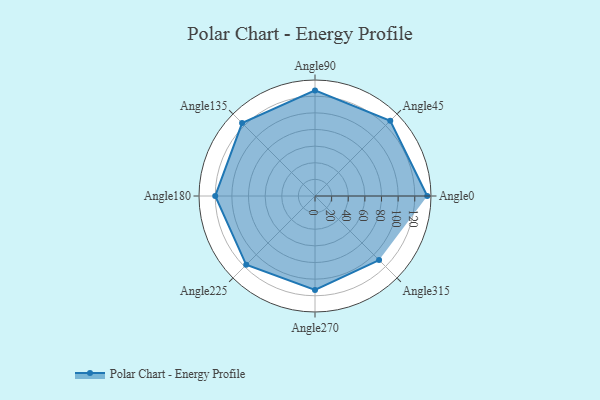
{"axis": {"x": "Angle", "y": "Radius"}, "legend": [""], "data": [{"x": "Angle0", "y": 135.0, "type": ""}, {"x": "Angle45", "y": 128.0, "type": ""}, {"x": "Angle90", "y": 127.0, "type": ""}, {"x": "Angle135", "y": 124.0, "type": ""}, {"x": "Angle180", "y": 120.0, "type": ""}, {"x": "Angle225", "y": 117.0, "type": ""}, {"x": "Angle270", "y": 113.0, "type": ""}, {"x": "Angle315", "y": 109.0, "type": ""}]}